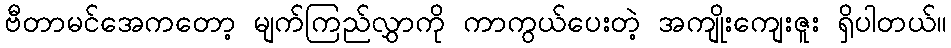
ဗီတာမင်အေကတော့ မျက်ကြည်လွှာကို ကာကွယ်ပေးတဲ့ အကျိုးကျေးဇူး ရှိပါတယ်။